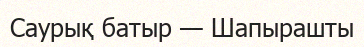
Саурық батыр — Шапырашты